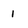
Character: 1